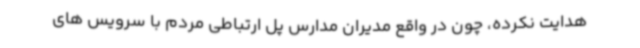
هدایت نکرده، چون در واقع مدیران مدارس پل ارتباطی مردم با سرویس های